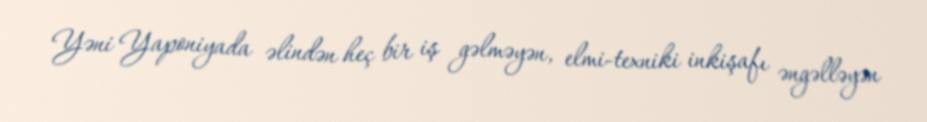
Yəni Yaponiyada əlindən heç bir iş gəlməyən, elmi-texniki inkişafı əngəlləyən